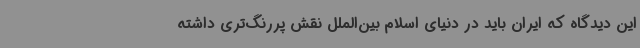
این دیدگاه که ایران باید در دنیای اسلام بین‌الملل نقش پررنگ‌تری داشته